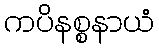
ကပိနစ္စနာယံ